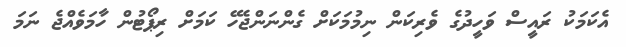
އެކަމަކު ރައީސް ވަހީދުގެ ވެރިކަން ނިމުމަކަށް ގެންނަންޖެހޭ ކަމަށް ރިޕޯޓުން ހާމަވެއްޖެ ނަމަ